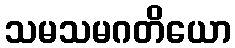
သမသမဂတိယော